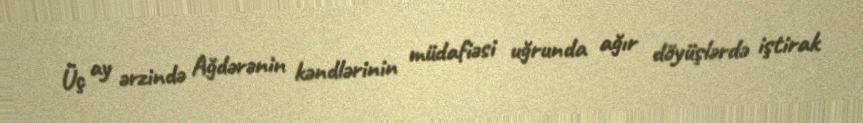
Üç ay ərzində Ağdərənin kəndlərinin müdafiəsi uğrunda ağır döyüşlərdə iştirak